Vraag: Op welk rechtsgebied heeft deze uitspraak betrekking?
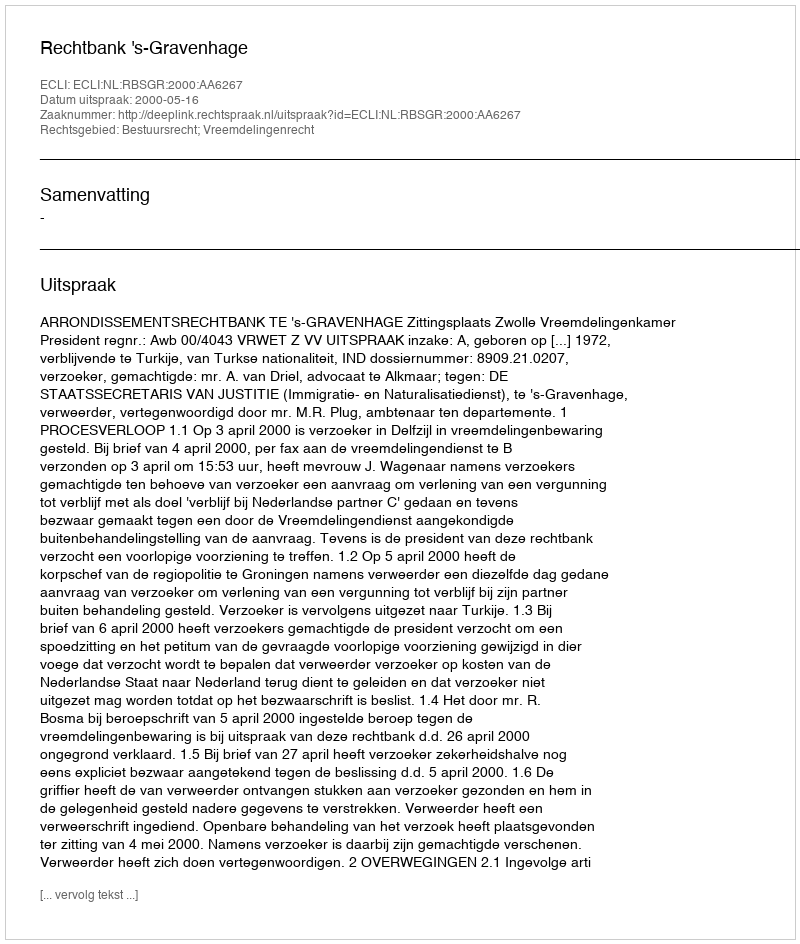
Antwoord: Bestuursrecht; Vreemdelingenrecht